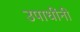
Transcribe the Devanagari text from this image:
उपाधींनी